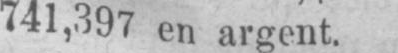
741,397 en argent.